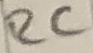
Text: RC